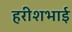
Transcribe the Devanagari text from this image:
हरीशभाई